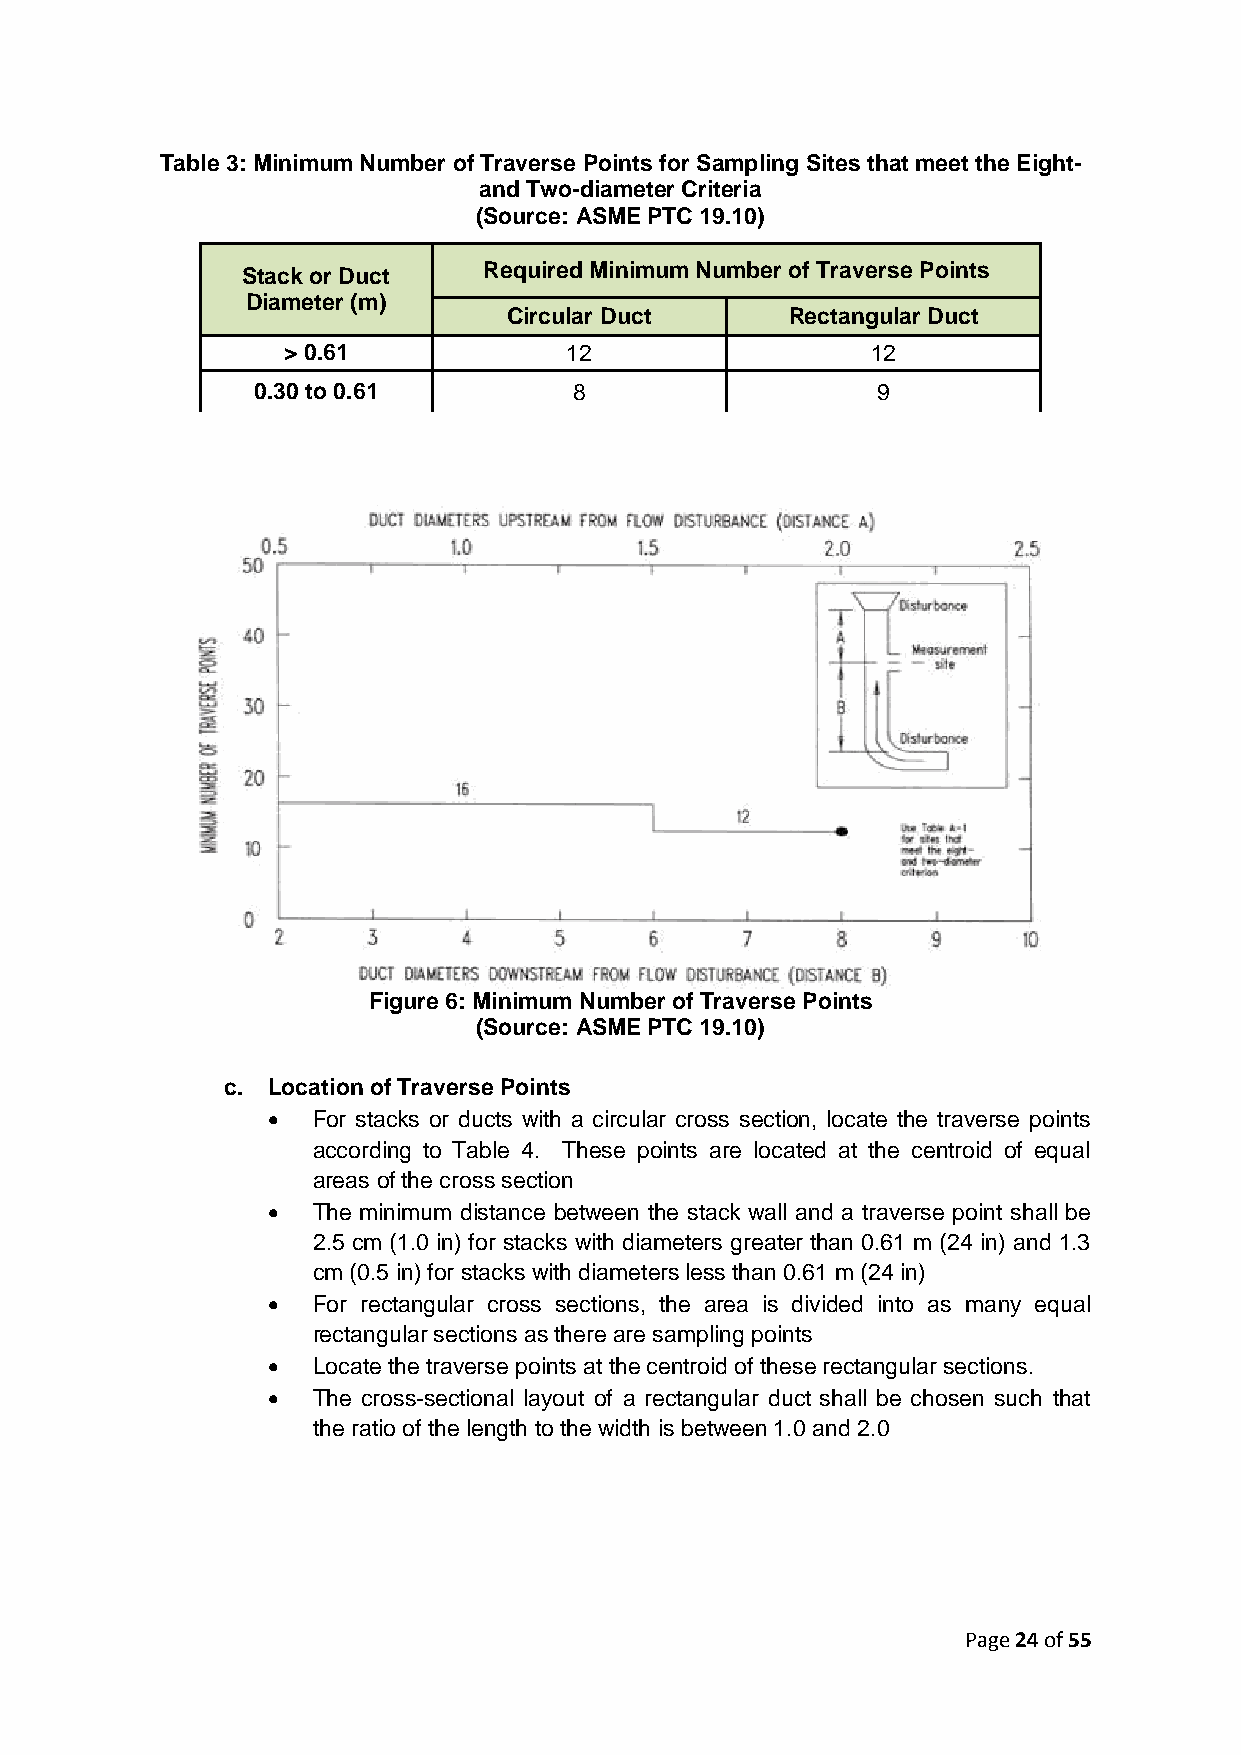
Table 3: Minimum Number of Traverse Points for Sampling Sites that meet the Eight-
 and Two-diameter Criteria
 (Source: ASME PTC 19.10)
 Stack or Duct   Required Minimum Number of Traverse Points
 Diameter (m)
 Circular Duct     Rectangular Duct
 > 0.61            12                   12
 0.30 to 0.61         8                   9
 Figure 6: Minimum Number of Traverse Points
 (Source: ASME PTC 19.10)
 c. Location of Traverse Points
   For stacks or ducts with a circular cross section, locate the traverse points
 according to Table 4. These points are located at the centroid of equal
 areas of the cross section
   The minimum distance between the stack wall and a traverse point shall be
 2.5 cm (1.0 in) for stacks with diameters greater than 0.61 m (24 in) and 1.3
 cm (0.5 in) for stacks with diameters less than 0.61 m (24 in)
   For rectangular cross sections, the area is divided into as many equal
 rectangular sections as there are sampling points
   Locate the traverse points at the centroid of these rectangular sections.
   The cross-sectional layout of a rectangular duct shall be chosen such that
 the ratio of the length to the width is between 1.0 and 2.0
 Page 24 of 55